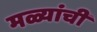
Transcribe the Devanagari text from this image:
मळ्यांची